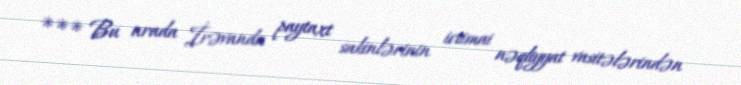
*** Bu arada İrəvanda paytaxt sakinlərinin ictimai nəqliyyat vasitələrindən